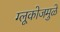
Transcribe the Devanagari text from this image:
ग्लूकोजमुळे